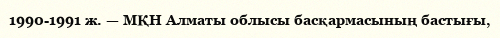
1990-1991 ж. — МҚН Алматы облысы басқармасының бастығы,